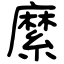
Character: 縻